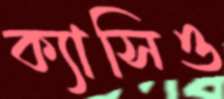
ক্যাসিও